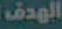
الهدف